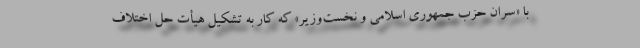
با «سران حزب جمهوری اسلامی و نخست‌وزیر» که کار به تشکیل هیأت حل اختلاف